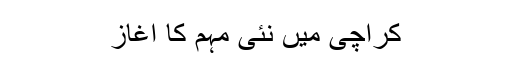
کراچی میں نئی مہم کا آغاز